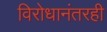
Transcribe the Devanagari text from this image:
विरोधानंतरही